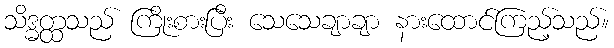
သိဒ္ဓတ္ထသည် ကြိုးစားပြီး သေသေချာချာ နားထောင်ကြည့်သည်။